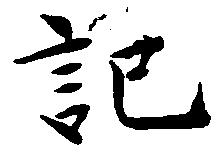
記